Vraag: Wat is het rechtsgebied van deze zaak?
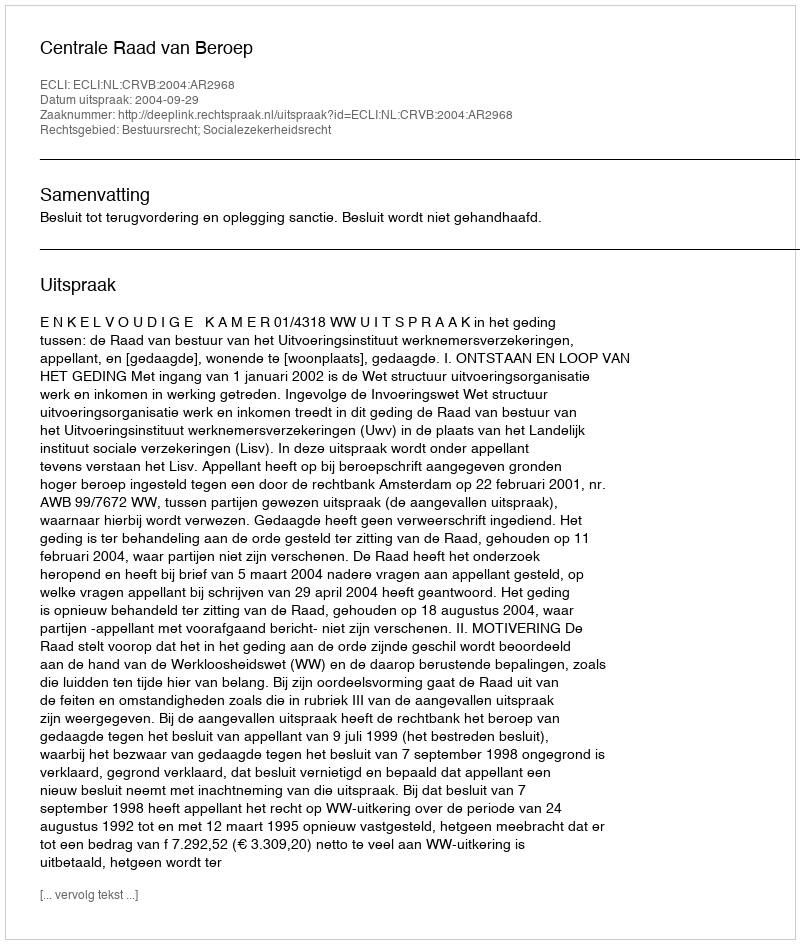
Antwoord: Bestuursrecht; Socialezekerheidsrecht